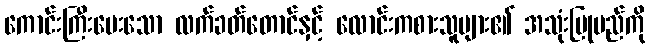
ကောင်းကြီးပေးသော လက်ခတ်တောင်နှင့် လောင်းကစားသူများ၏ အသုံးပြုမည်ကို